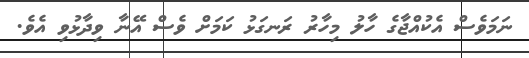
ނަމަވެސް އެކުއްޖާގެ ހާލު މިހާރު ރަނގަޅު ކަމަށް ވެސް އޭނާ ވިދާޅުވި އެވެ.